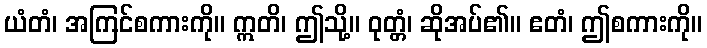
ယံတံ၊ အကြင်စကားကို။ ဣတိ၊ ဤသို့။ ဝုတ္တံ၊ ဆိုအပ်၏။ ဧတံ၊ ဤစကားကို။